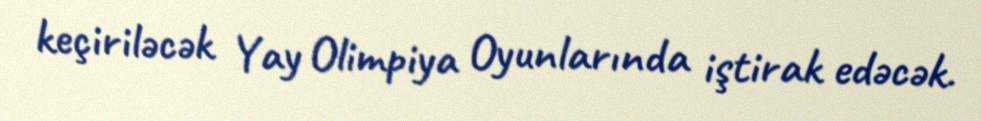
keçiriləcək Yay Olimpiya Oyunlarında iştirak edəcək.